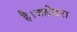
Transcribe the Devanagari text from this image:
है।वडोदरा